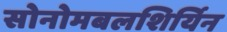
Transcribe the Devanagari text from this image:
सोनोमबलशिर्यिन